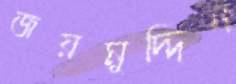
জয়মুদ্দিন